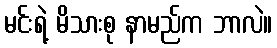
မင်းရဲ့ မိသားစု နာမည်က ဘာလဲ။